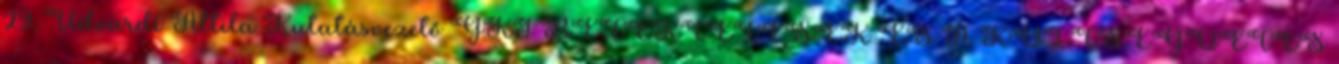
29. Udvardi Attila Kutatásvezető GKI BEFEKTETÉSEK ÉS A KÖLTSÉGVETÉS